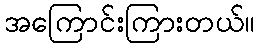
အကြောင်းကြားတယ်။